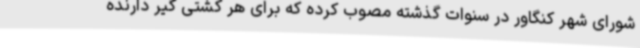
شورای شهر کنگاور در سنوات گذشته مصوب کرده که برای هر کشتی گیر دارنده